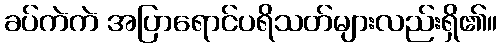
ခပ်ကဲကဲ အပြာရောင်ပရိသတ်များလည်းရှိ၏။